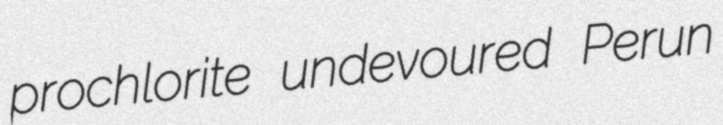
prochlorite undevoured Perun